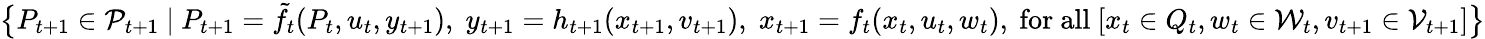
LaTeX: \big\{ P_{t+1}\in\mathcal{P}_{t+1}~|~P_{t+1}=\tilde{f}_{t}(P_{t},u_{t},y_{t+1}),\; y_{t+1}=h_{t+1}(x_{t+1},v_{t+1}),\; x_{t+1}=f_{t}(x_{t},u_{t},w_{t}),\mathrm{~for~all~}[x_{t}\in Q_{t},w_{t}\in\mathcal{W}_{t},v_{t+1}\in\mathcal{V}_{t+1}]\big\}